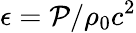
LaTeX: \epsilon=\mathcal{P}/\rho_{0}c^{2}